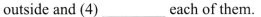
outside and (4) ___ eachof them.